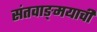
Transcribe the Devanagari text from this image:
संतवाङ्‌मयाची